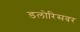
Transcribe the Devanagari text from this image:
डलोरिसवर